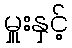
မှူးနှင့်